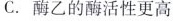
C.酶乙的酶活性更高